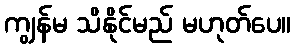
ကျွန်မ သိနိုင်မည် မဟုတ်ပေ။